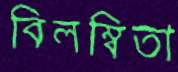
বিলম্বিতা